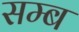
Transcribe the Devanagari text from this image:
सम्ब